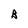
Character: B